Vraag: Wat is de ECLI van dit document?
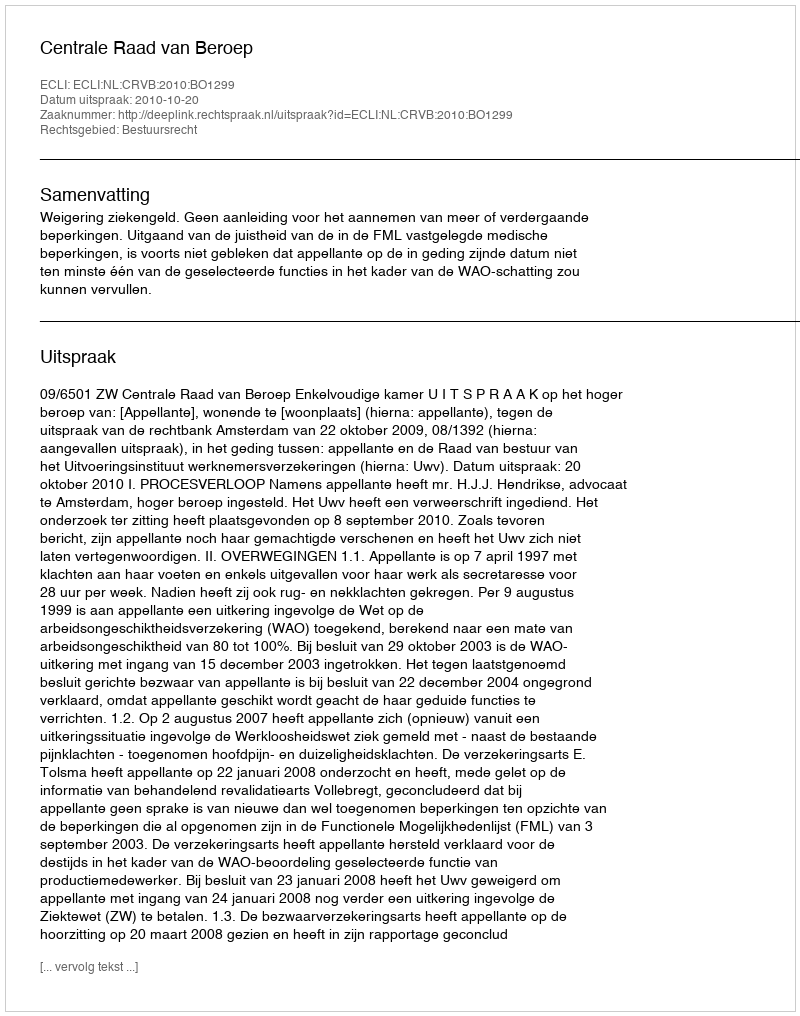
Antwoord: ECLI:NL:CRVB:2010:BO1299